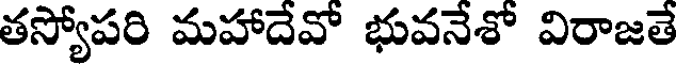
తస్యోపరి మహాదేవో భువనేశో విరాజతే